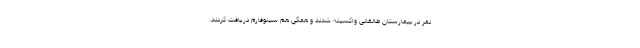
نفر در بیمارستان طالقانی واکسینه شدند و همگی هم سینوفارم دریافت کردند.